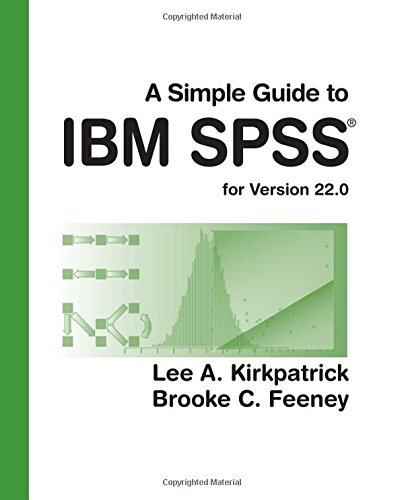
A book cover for A Simple Guide to IBM SPSS: for Version 22.0; Lee A. Kirkpatrick; Computers & Technology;